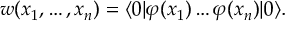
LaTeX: w ( x _ { 1 } , \ldots , x _ { n } ) = \langle 0 | \varphi ( x _ { 1 } ) \ldots \varphi ( x _ { n } ) | 0 \rangle .